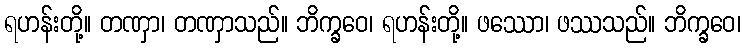
ရဟန်းတို့။ တဏှာ၊ တဏှာသည်။ ဘိက္ခဝေ၊ ရဟန်းတို့။ ဖဿော၊ ဖဿသည်။ ဘိက္ခဝေ၊